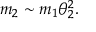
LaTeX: m _ { 2 } \sim m _ { 1 } \theta _ { 2 } ^ { 2 } .